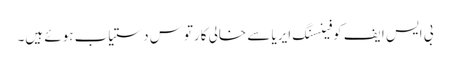
بی ایس ایف کو فینسنگ ایریا سے خالی کارتوس دستیاب ہوئے ہیں۔